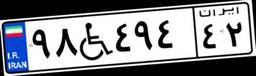
۹۸W۴۹۴۴۲